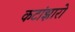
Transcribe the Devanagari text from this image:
कटांझारो